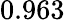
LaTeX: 0.963